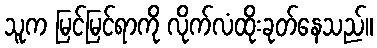
သူက မြင်မြင်ရာကို လိုက်လံထိုးခုတ်နေသည်။